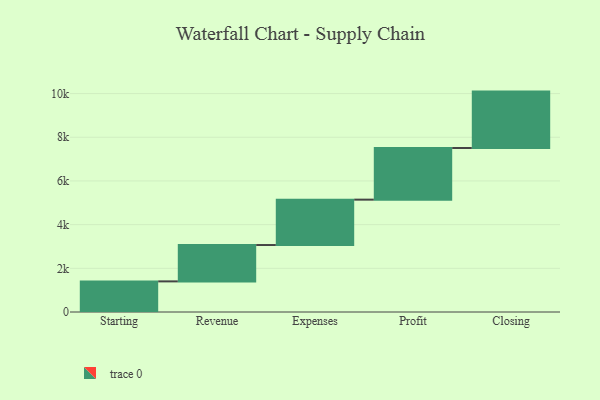
{"axis": {"x": "Step", "y": "Value"}, "legend": [""], "data": [{"x": "Starting", "y": 1402.0, "type": ""}, {"x": "Revenue", "y": 1664.0, "type": ""}, {"x": "Expenses", "y": 2078.0, "type": ""}, {"x": "Profit", "y": 2364.0, "type": ""}, {"x": "Closing", "y": 2583.0, "type": ""}]}